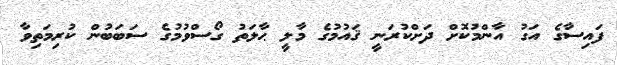
ފައިސާގެ އަގު އާންމުކޮށް ދަށްކުރަނީ ޤައުމުގެ މާލީ ޙާލަތު ގޯސްވުމުގެ ސަބަބުން ކުރިމަތިވާ